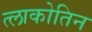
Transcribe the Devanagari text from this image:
त्लाकोतिन